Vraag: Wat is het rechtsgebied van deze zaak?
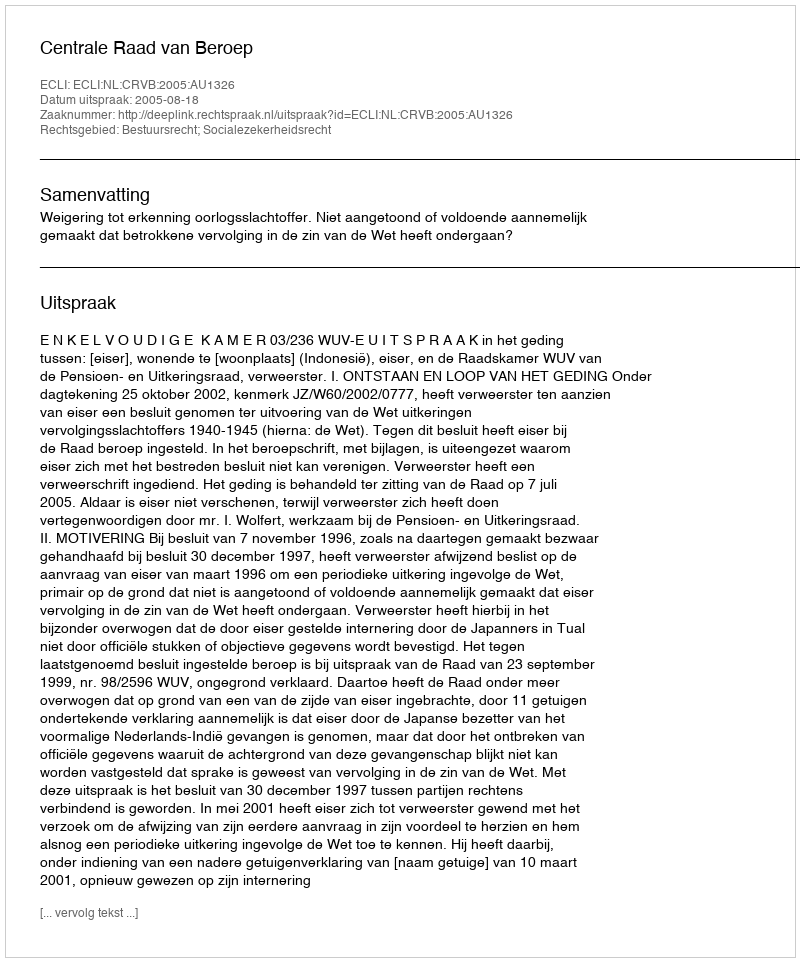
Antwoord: Bestuursrecht; Socialezekerheidsrecht